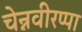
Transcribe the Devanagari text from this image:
चेन्नवीरप्पा